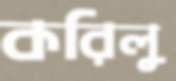
করিলু